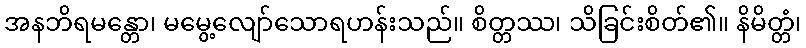
အနဘိရမန္တော၊ မမွေ့လျော်သောရဟန်းသည်။ စိတ္တဿ၊ သိခြင်းစိတ်၏။ နိမိတ္တံ၊